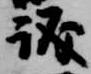
議